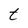
Character: t